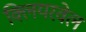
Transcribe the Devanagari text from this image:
क्लियरवेल